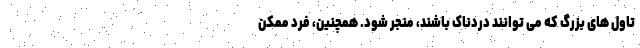
تاول های بزرگ که می توانند دردناک باشند، منجر شود. همچنین، فرد ممکن